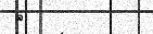
٦